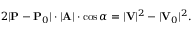
2 | \mathbf { P } - \mathbf { P } _ { 0 } | \cdot | \mathbf { A } | \cdot \cos \alpha = | \mathbf { V } | ^ { 2 } - | \mathbf { V } _ { 0 } | ^ { 2 } .